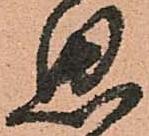
思